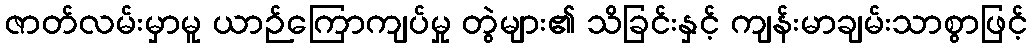
ဇာတ်လမ်းမှာမူ ယာဉ်ကြောကျပ်မှု တွဲများ၏ သိခြင်းနှင့် ကျန်းမာချမ်းသာစွာဖြင့်